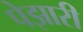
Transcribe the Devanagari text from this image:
पेझारी